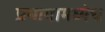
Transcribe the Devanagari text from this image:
प्रभागामध्येच